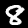
Digit: 8